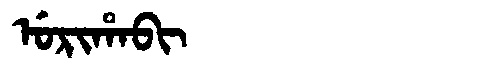
Manchu: ᡠᡵᡳᡥᠠᠪᡳ
Romanization: URIHABI